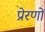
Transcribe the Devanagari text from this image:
प्रेरणों